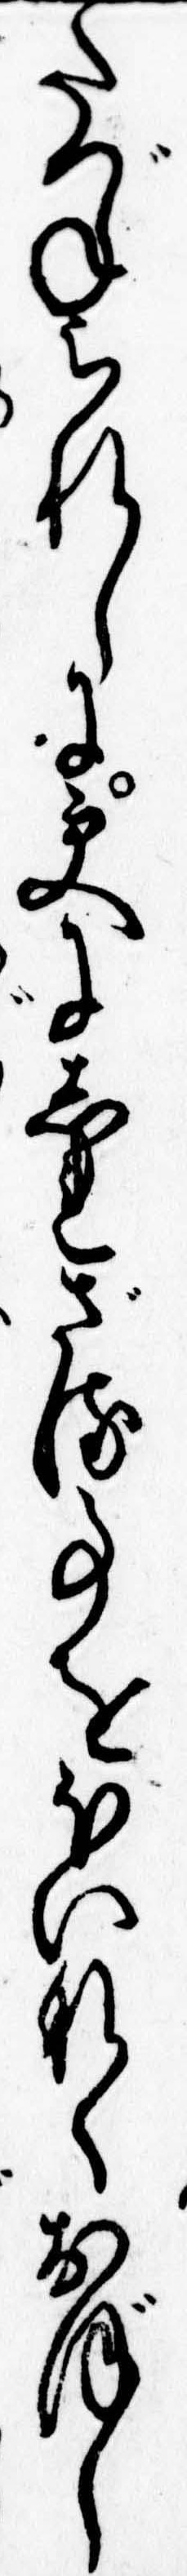
たづねられしに更にしれざる事をほいなくおぼし